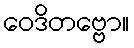
ဝေဒိတဗ္ဗော။